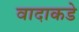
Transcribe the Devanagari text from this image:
वादाकडे